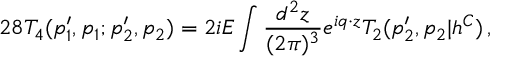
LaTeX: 2 8 { \cal T } _ { 4 } ( p _ { 1 } ^ { \prime } , p _ { 1 } ; p _ { 2 } ^ { \prime } , p _ { 2 } ) = 2 i E \int \frac { d ^ { 2 } z } { ( 2 \pi ) ^ { 3 } } e ^ { i q \cdot z } { \cal T } _ { 2 } ( p _ { 2 } ^ { \prime } , p _ { 2 } | h ^ { C } ) \, ,